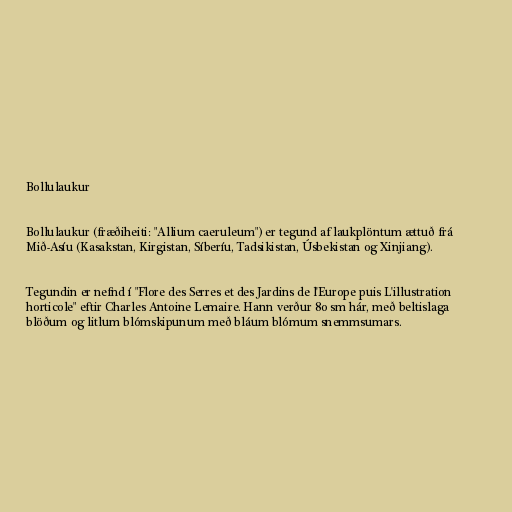
Bollulaukur

Bollulaukur (fræðiheiti: "Allium caeruleum") er tegund af laukplöntum ættuð frá
Mið-Asíu (Kasakstan, Kirgistan, Síberíu, Tadsikistan, Úsbekistan og Xinjiang).

Tegundin er nefnd í "Flore des Serres et des Jardins de l'Europe puis L'illustration
horticole" eftir Charles Antoine Lemaire. Hann verður 80 sm hár, með beltislaga
blöðum og litlum blómskipunum með bláum blómum snemmsumars.